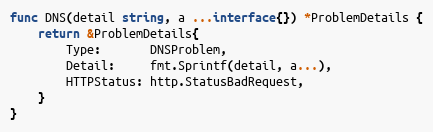
Language: Go
func DNS(detail string, a ...interface{}) *ProblemDetails {
	return &ProblemDetails{
		Type:       DNSProblem,
		Detail:     fmt.Sprintf(detail, a...),
		HTTPStatus: http.StatusBadRequest,
	}
}